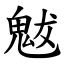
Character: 魃